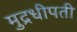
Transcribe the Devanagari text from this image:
मुद्रधीपती